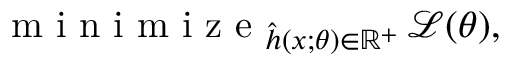
\begin{array} { r } { \mathop { \mathrm { ~ m ~ i ~ n ~ i ~ m ~ i ~ z ~ e ~ } } _ { \hat { h } ( x ; \theta ) \in \mathbb { R } ^ { + } } \mathcal { L } ( \theta ) , } \end{array}